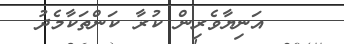
އަނިޔާވެރިން ކުރާ ކަންތަކާމެދު